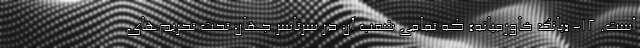
است. 12- «بانک خاورمیانه» که تمامی شعب آن در سرتاسر جهان تحت تحریم‌های